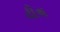
ટીચ